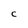
Character: C